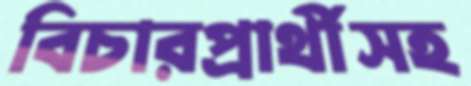
বিচারপ্রার্থীসহ